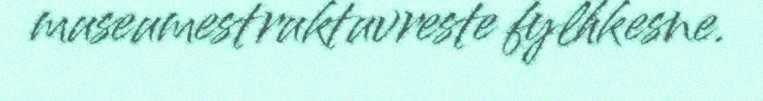
museumestruktuvreste fylhkesne.